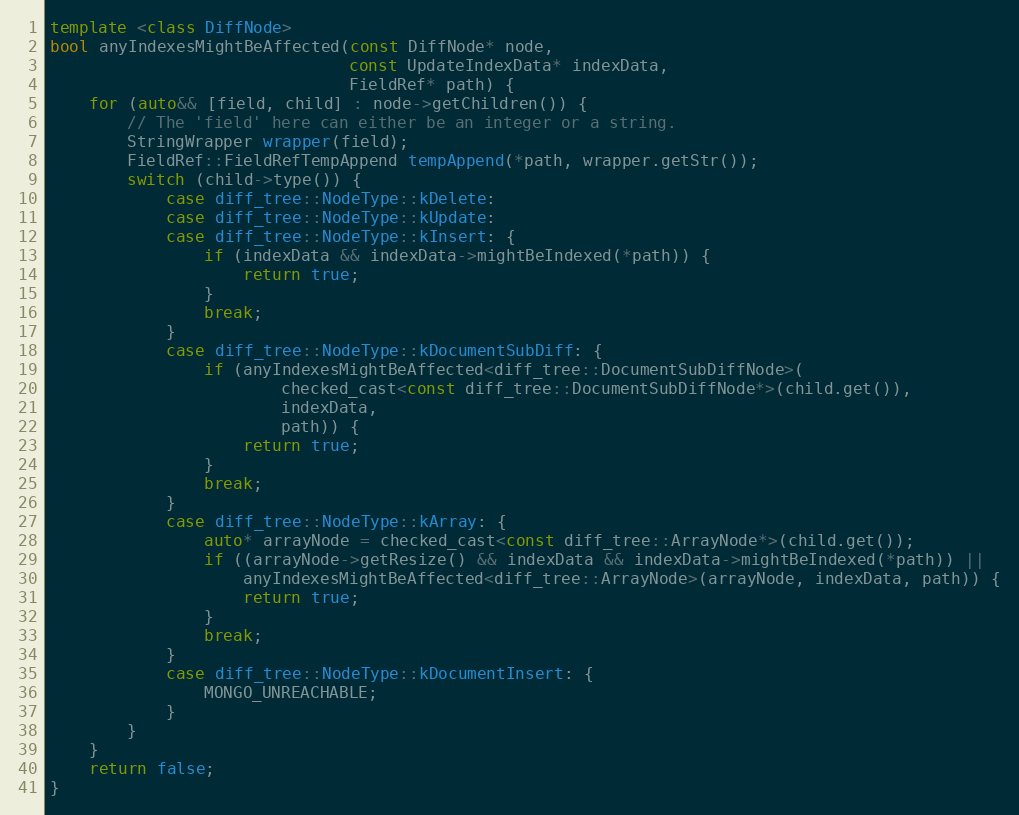
Language: C++
template <class DiffNode>
bool anyIndexesMightBeAffected(const DiffNode* node,
                               const UpdateIndexData* indexData,
                               FieldRef* path) {
    for (auto&& [field, child] : node->getChildren()) {
        // The 'field' here can either be an integer or a string.
        StringWrapper wrapper(field);
        FieldRef::FieldRefTempAppend tempAppend(*path, wrapper.getStr());
        switch (child->type()) {
            case diff_tree::NodeType::kDelete:
            case diff_tree::NodeType::kUpdate:
            case diff_tree::NodeType::kInsert: {
                if (indexData && indexData->mightBeIndexed(*path)) {
                    return true;
                }
                break;
            }
            case diff_tree::NodeType::kDocumentSubDiff: {
                if (anyIndexesMightBeAffected<diff_tree::DocumentSubDiffNode>(
                        checked_cast<const diff_tree::DocumentSubDiffNode*>(child.get()),
                        indexData,
                        path)) {
                    return true;
                }
                break;
            }
            case diff_tree::NodeType::kArray: {
                auto* arrayNode = checked_cast<const diff_tree::ArrayNode*>(child.get());
                if ((arrayNode->getResize() && indexData && indexData->mightBeIndexed(*path)) ||
                    anyIndexesMightBeAffected<diff_tree::ArrayNode>(arrayNode, indexData, path)) {
                    return true;
                }
                break;
            }
            case diff_tree::NodeType::kDocumentInsert: {
                MONGO_UNREACHABLE;
            }
        }
    }
    return false;
}